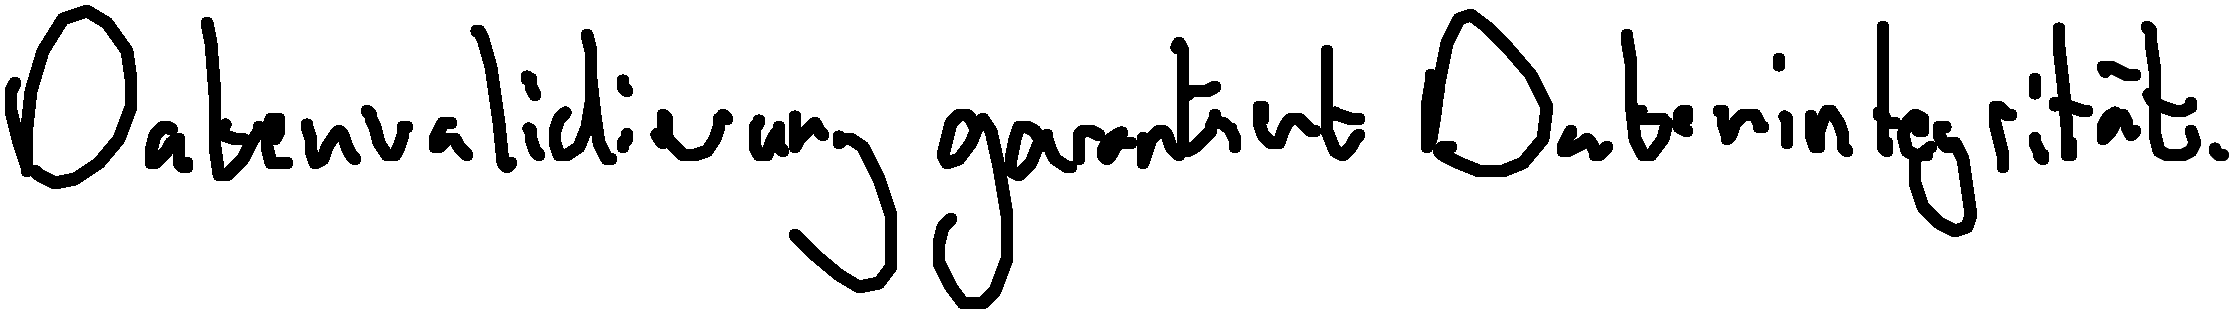
Datenvalidierung garantiert Datenintegrität.